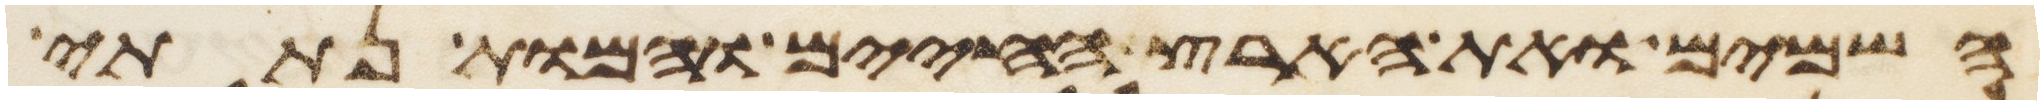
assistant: השמים ואת הארץ החיים והמות נתתי